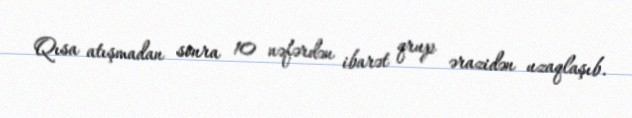
Qısa atışmadan sonra 10 nəfərdən ibarət qrup ərazidən uzaqlaşıb.